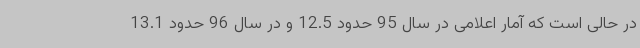
در حالی است که آمار اعلامی در سال 95 حدود 12.5 و در سال 96 حدود 13.1